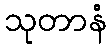
သုတာနံ